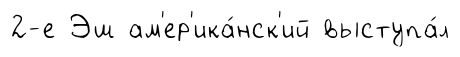
2-е Эш ам'ер'ика́нск'ий выступа́л